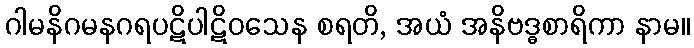
ဂါမနိဂမနဂရပဋိပါဋိဝသေန စရတိ, အယံ အနိဗဒ္ဓစာရိကာ နာမ။